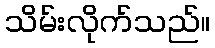
သိမ်းလိုက်သည်။